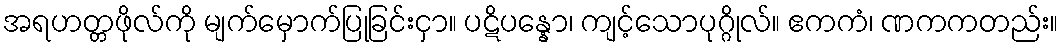
အရဟတ္တဖိုလ်ကို မျက်မှောက်ပြုခြင်းငှာ။ ပဋိပန္နော၊ ကျင့်သောပုဂ္ဂိုလ်။ ဧကကံ၊ ဏကကတည်း။